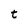
Character: t